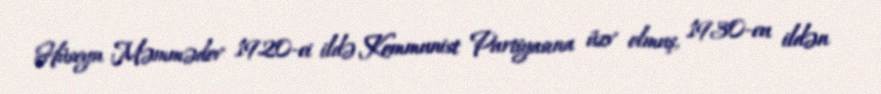
Hüseyn Məmmədov 1920-ci ildə Kommunist Partiyasına üzv olmuş, 1930-cu ildən